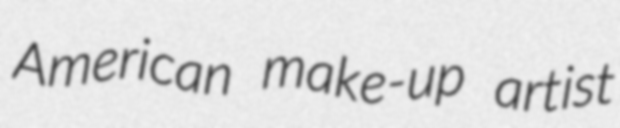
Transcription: American make-up artist